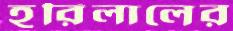
হরিলালের